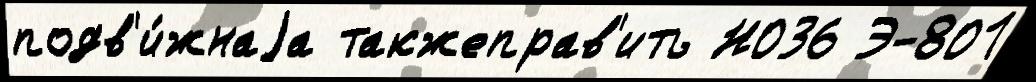
подв'и́жнаjа такжеправ'ить Н036 Э-801